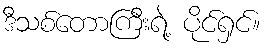
ဒီသစ်တောကြီးရဲ့ ပိုင်ရှင်။